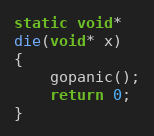
Language: C
static void*
die(void* x)
{
	gopanic();
	return 0;
}